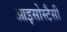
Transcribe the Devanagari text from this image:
आइसोस्टैसी